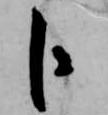
卜